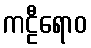
ကဠီရောဝ